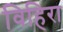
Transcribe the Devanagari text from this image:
विहिरा